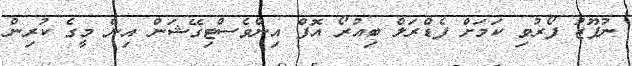
ނުފޫޒު ފޯރުވި ކަމަށް ފެޑްރަލް ބިއުރޯ އޮފް އިންވެސްޓިގޭޝަން އިން މީގެ ކުރިން